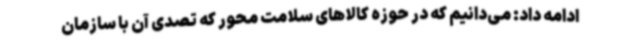
ادامه داد: می‌دانیم که در حوزه کالاهای سلامت محور که تصدی آن با سازمان